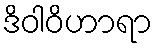
ဒိဝါဝိဟာရာ